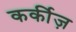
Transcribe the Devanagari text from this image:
कर्कीज़